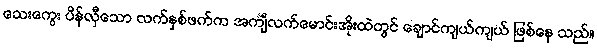
သေးကွေး ပိန်လှီသော လက်နှစ်ဖက်က အင်္ကျီလက်မောင်းအိုးထဲတွင် ချောင်ကျယ်ကျယ် ဖြစ်နေ သည်။